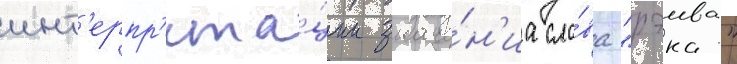
инт'ерпр'ета́ции значе́н'иа сло́ва "рэива"